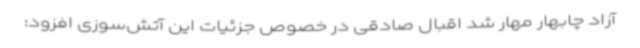
آزاد چابهار مهار شد اقبال صادقی در خصوص جزئیات این آتش‌سوزی افزود: